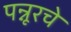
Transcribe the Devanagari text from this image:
पन्नूरचे